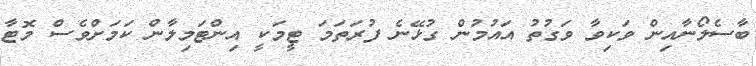
ބާސެލޯނާއިން ވަކިވާ ވަގުތު އައުމުން ގުޅޭނެ ފުރަތަމަ ޓީމަކީ އިންޓަމިލާން ކަމަށްވެސް މޮޓާ